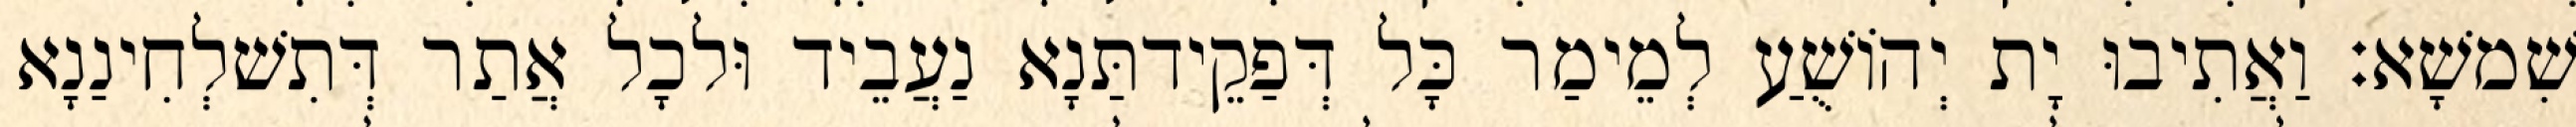
שִׁמשָׁא׃ וַאֲתִיבוּ יָת יְהוֹשֻׁעַ לְמֵימַר כָּל דְּפַקֵידתַּנָא נַעֲבֵיד וּלכָל אֲתַר דְּתִשׁלְחִינַנָא